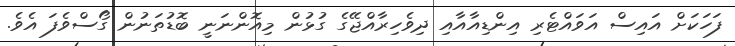
ފަހަކަށް އައިސް އަވައްޓެރި އިންޑިއާއާއި ދިވެހިރާއްޖޭގެ ގުޅުން މިއޮންނަނީ ބޮޑުތަނުން ގޯސްވެފަ އެވެ.